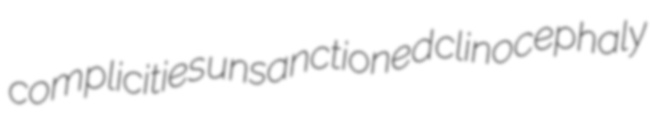
complicities unsanctioned clinocephaly